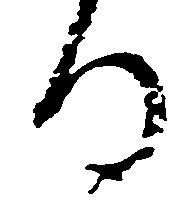
る